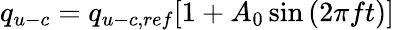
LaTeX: q_{u-c}=q_{u-c,ref}[1+A_{0}\sin{(2\pi ft)}]